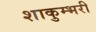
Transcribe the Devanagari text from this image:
शाकुम्भरी